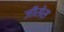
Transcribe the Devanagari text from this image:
जीसेस